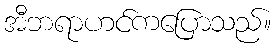
အီဘရာဟင်ကပြောသည်။